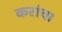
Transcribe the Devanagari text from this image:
करांचा